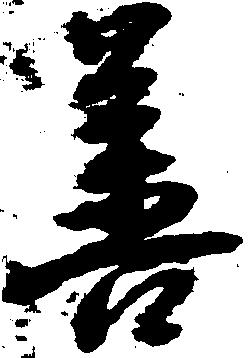
善